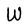
Character: W